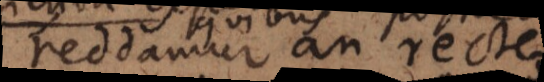
reddamur an recte